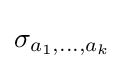
\sigma _{a_{1},\ldots ,a_{k}}